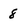
Character: 8